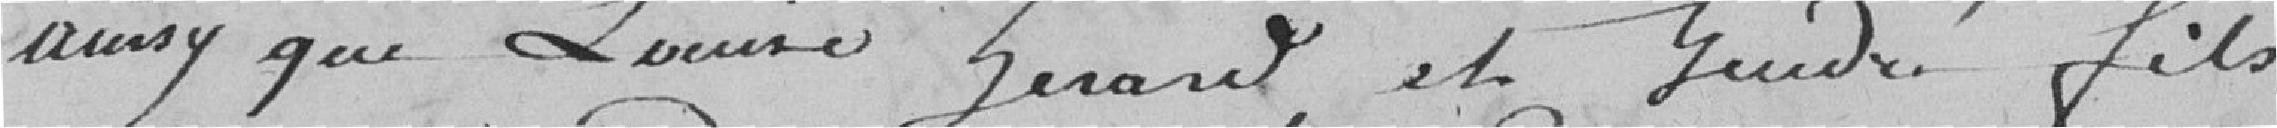
ainsi que Louis Gérard et Gendré fils